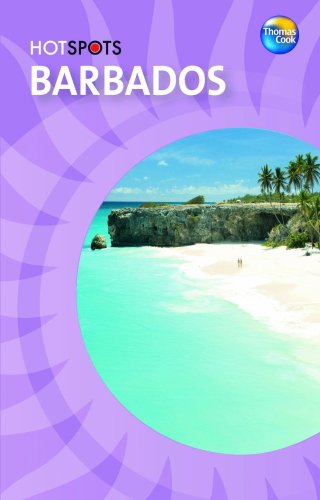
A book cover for Barbados (HotSpots); Travel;